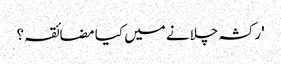
'رکشہ چلانے میں کیا مضائقہ؟